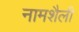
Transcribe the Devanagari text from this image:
नामशैली